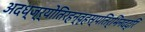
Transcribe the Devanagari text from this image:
अदध्ज्र्योतिरहन्वृहस्पतिर्भिनदद्रिं